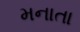
મનાતા